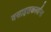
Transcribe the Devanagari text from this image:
वसाहतकर्त्यांना